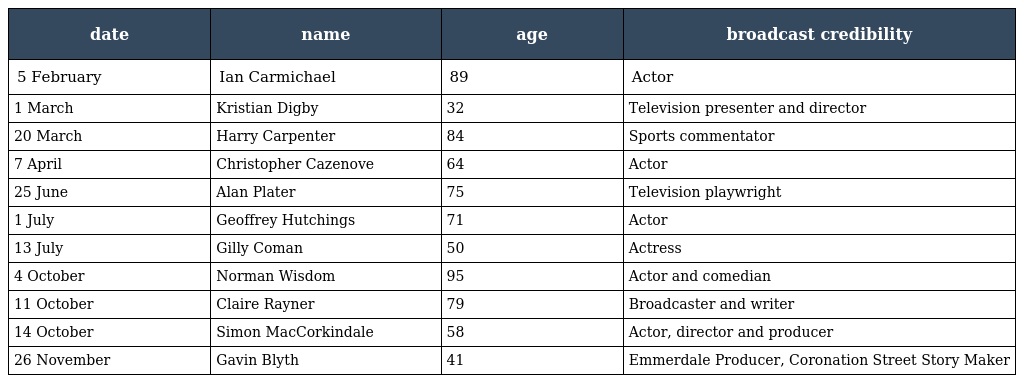
| date | name | age | broadcast credibility |
 | --- | --- | --- | --- |
 | 5 February | Ian Carmichael | 89 | Actor |
 | 1 March | Kristian Digby | 32 | Television presenter and director |
 | 20 March | Harry Carpenter | 84 | Sports commentator |
 | 7 April | Christopher Cazenove | 64 | Actor |
 | 25 June | Alan Plater | 75 | Television playwright |
 | 1 July | Geoffrey Hutchings | 71 | Actor |
 | 13 July | Gilly Coman | 50 | Actress |
 | 4 October | Norman Wisdom | 95 | Actor and comedian |
 | 11 October | Claire Rayner | 79 | Broadcaster and writer |
 | 14 October | Simon MacCorkindale | 58 | Actor, director and producer |
 | 26 November | Gavin Blyth | 41 | Emmerdale Producer, Coronation Street Story Maker |